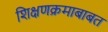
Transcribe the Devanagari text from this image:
शिक्षणक्रमाबाबत